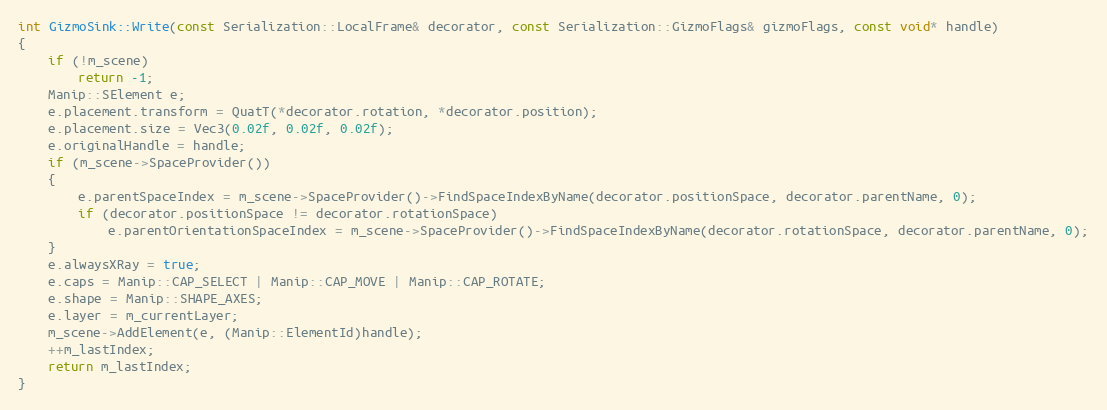
Language: C++
int GizmoSink::Write(const Serialization::LocalFrame& decorator, const Serialization::GizmoFlags& gizmoFlags, const void* handle)
{
	if (!m_scene)
		return -1;
	Manip::SElement e;
	e.placement.transform = QuatT(*decorator.rotation, *decorator.position);
	e.placement.size = Vec3(0.02f, 0.02f, 0.02f);
	e.originalHandle = handle;
	if (m_scene->SpaceProvider())
	{
		e.parentSpaceIndex = m_scene->SpaceProvider()->FindSpaceIndexByName(decorator.positionSpace, decorator.parentName, 0);
		if (decorator.positionSpace != decorator.rotationSpace)
			e.parentOrientationSpaceIndex = m_scene->SpaceProvider()->FindSpaceIndexByName(decorator.rotationSpace, decorator.parentName, 0);
	}
	e.alwaysXRay = true;
	e.caps = Manip::CAP_SELECT | Manip::CAP_MOVE | Manip::CAP_ROTATE;
	e.shape = Manip::SHAPE_AXES;
	e.layer = m_currentLayer;
	m_scene->AddElement(e, (Manip::ElementId)handle);
	++m_lastIndex;
	return m_lastIndex;
}